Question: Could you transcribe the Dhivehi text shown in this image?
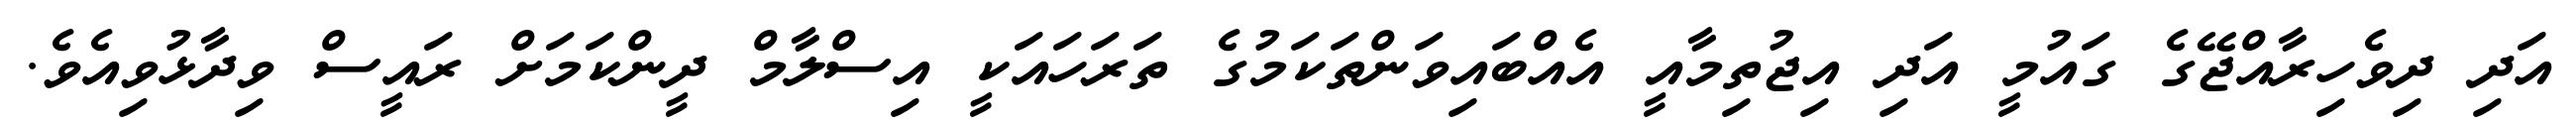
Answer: އަދި ދިވެހިރާއްޖޭގެ ގައުމީ އަދި އިޖުތިމާއީ އެއްބައިވަންތަކަމުގެ ތަރަހައަކީ އިސްލާމް ދީންކަމަށް ރައީސް ވިދާޅުވިއެވެ.